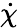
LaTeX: \dot{\chi}